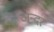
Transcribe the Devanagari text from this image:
अन्दर